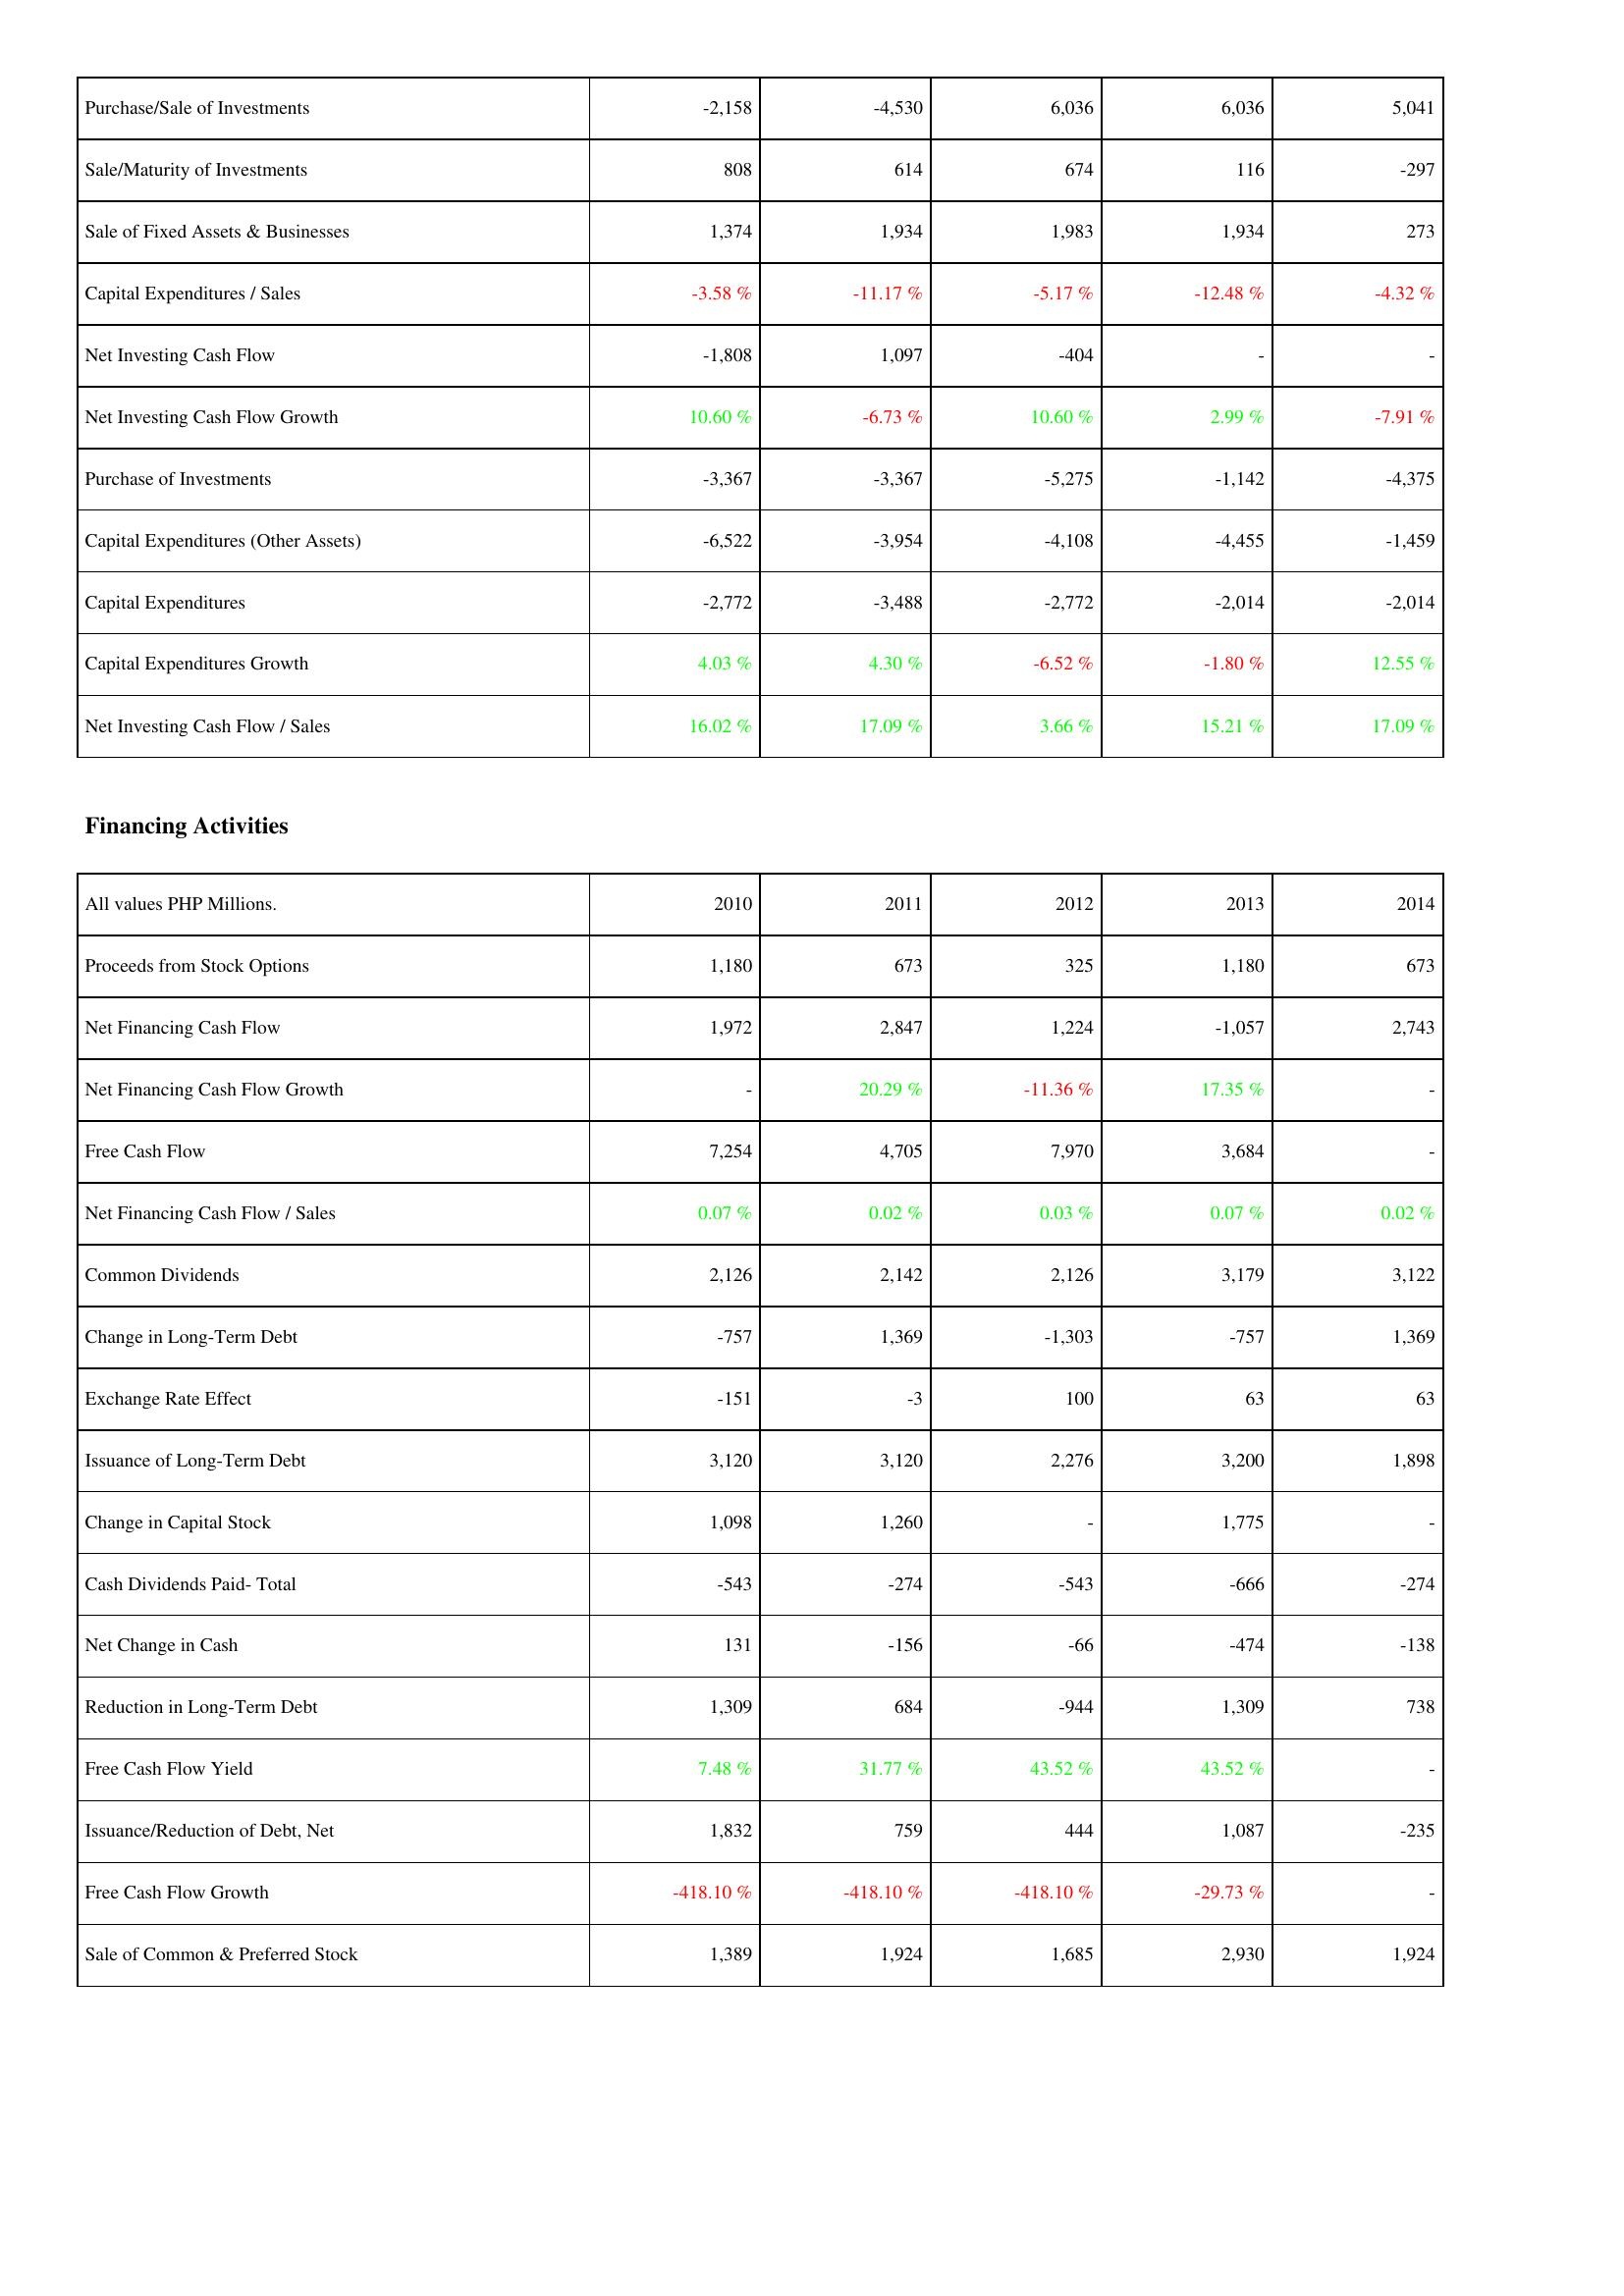
2010: Investing Activities: Purchase/Sale of Investments: -2,158
Sale/Maturity of Investments: 808
Sale of Fixed Assets & Businesses: 1,374
Capital Expenditures / Sales: -3.58 %
Net Investing Cash Flow: -1,808
Net Investing Cash Flow Growth: 10.60 %
Purchase of Investments: -3,367
Capital Expenditures (Other Assets): -6,522
Capital Expenditures: -2,772
Capital Expenditures Growth: 4.03 %
Net Investing Cash Flow / Sales: 16.02 %
Financing Activities: Proceeds from Stock Options: 1,180
Net Financing Cash Flow: 1,972
Net Financing Cash Flow Growth: -
Free Cash Flow: 7,254
Net Financing Cash Flow / Sales: 0.07 %
Common Dividends: 2,126
Change in Long-Term Debt: -757
Exchange Rate Effect: -151
Issuance of Long-Term Debt: 3,120
Change in Capital Stock: 1,098
Cash Dividends Paid- Total: -543
Net Change in Cash: 131
Reduction in Long-Term Debt: 1,309
Free Cash Flow Yield: 7.48 %
Issuance/Reduction of Debt, Net: 1,832
Free Cash Flow Growth: -418.10 %
Sale of Common & Preferred Stock: 1,389
2011: Investing Activities: Purchase/Sale of Investments: -4,530
Sale/Maturity of Investments: 614
Sale of Fixed Assets & Businesses: 1,934
Capital Expenditures / Sales: -11.17 %
Net Investing Cash Flow: 1,097
Net Investing Cash Flow Growth: -6.73 %
Purchase of Investments: -3,367
Capital Expenditures (Other Assets): -3,954
Capital Expenditures: -3,488
Capital Expenditures Growth: 4.30 %
Net Investing Cash Flow / Sales: 17.09 %
Financing Activities: Proceeds from Stock Options: 673
Net Financing Cash Flow: 2,847
Net Financing Cash Flow Growth: 20.29 %
Free Cash Flow: 4,705
Net Financing Cash Flow / Sales: 0.02 %
Common Dividends: 2,142
Change in Long-Term Debt: 1,369
Exchange Rate Effect: -3
Issuance of Long-Term Debt: 3,120
Change in Capital Stock: 1,260
Cash Dividends Paid- Total: -274
Net Change in Cash: -156
Reduction in Long-Term Debt: 684
Free Cash Flow Yield: 31.77 %
Issuance/Reduction of Debt, Net: 759
Free Cash Flow Growth: -418.10 %
Sale of Common & Preferred Stock: 1,924
2012: Investing Activities: Purchase/Sale of Investments: 6,036
Sale/Maturity of Investments: 674
Sale of Fixed Assets & Businesses: 1,983
Capital Expenditures / Sales: -5.17 %
Net Investing Cash Flow: -404
Net Investing Cash Flow Growth: 10.60 %
Purchase of Investments: -5,275
Capital Expenditures (Other Assets): -4,108
Capital Expenditures: -2,772
Capital Expenditures Growth: -6.52 %
Net Investing Cash Flow / Sales: 3.66 %
Financing Activities: Proceeds from Stock Options: 325
Net Financing Cash Flow: 1,224
Net Financing Cash Flow Growth: -11.36 %
Free Cash Flow: 7,970
Net Financing Cash Flow / Sales: 0.03 %
Common Dividends: 2,126
Change in Long-Term Debt: -1,303
Exchange Rate Effect: 100
Issuance of Long-Term Debt: 2,276
Change in Capital Stock: -
Cash Dividends Paid- Total: -543
Net Change in Cash: -66
Reduction in Long-Term Debt: -944
Free Cash Flow Yield: 43.52 %
Issuance/Reduction of Debt, Net: 444
Free Cash Flow Growth: -418.10 %
Sale of Common & Preferred Stock: 1,685
2013: Investing Activities: Purchase/Sale of Investments: 6,036
Sale/Maturity of Investments: 116
Sale of Fixed Assets & Businesses: 1,934
Capital Expenditures / Sales: -12.48 %
Net Investing Cash Flow: -
Net Investing Cash Flow Growth: 2.99 %
Purchase of Investments: -1,142
Capital Expenditures (Other Assets): -4,455
Capital Expenditures: -2,014
Capital Expenditures Growth: -1.80 %
Net Investing Cash Flow / Sales: 15.21 %
Financing Activities: Proceeds from Stock Options: 1,180
Net Financing Cash Flow: -1,057
Net Financing Cash Flow Growth: 17.35 %
Free Cash Flow: 3,684
Net Financing Cash Flow / Sales: 0.07 %
Common Dividends: 3,179
Change in Long-Term Debt: -757
Exchange Rate Effect: 63
Issuance of Long-Term Debt: 3,200
Change in Capital Stock: 1,775
Cash Dividends Paid- Total: -666
Net Change in Cash: -474
Reduction in Long-Term Debt: 1,309
Free Cash Flow Yield: 43.52 %
Issuance/Reduction of Debt, Net: 1,087
Free Cash Flow Growth: -29.73 %
Sale of Common & Preferred Stock: 2,930
2014: Investing Activities: Purchase/Sale of Investments: 5,041
Sale/Maturity of Investments: -297
Sale of Fixed Assets & Businesses: 273
Capital Expenditures / Sales: -4.32 %
Net Investing Cash Flow: -
Net Investing Cash Flow Growth: -7.91 %
Purchase of Investments: -4,375
Capital Expenditures (Other Assets): -1,459
Capital Expenditures: -2,014
Capital Expenditures Growth: 12.55 %
Net Investing Cash Flow / Sales: 17.09 %
Financing Activities: Proceeds from Stock Options: 673
Net Financing Cash Flow: 2,743
Net Financing Cash Flow Growth: -
Free Cash Flow: -
Net Financing Cash Flow / Sales: 0.02 %
Common Dividends: 3,122
Change in Long-Term Debt: 1,369
Exchange Rate Effect: 63
Issuance of Long-Term Debt: 1,898
Change in Capital Stock: -
Cash Dividends Paid- Total: -274
Net Change in Cash: -138
Reduction in Long-Term Debt: 738
Free Cash Flow Yield: -
Issuance/Reduction of Debt, Net: -235
Free Cash Flow Growth: -
Sale of Common & Preferred Stock: 1,924